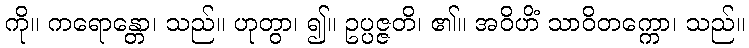
ကို။ ကရောန္တော၊ သည်။ ဟုတွာ၊ ၍။ ဥပ္ပဇ္ဇတိ၊ ၏။ အဝိဟိံ သာဝိတက္ကော၊ သည်။